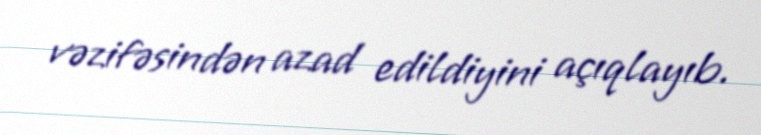
vəzifəsindən azad edildiyini açıqlayıb.